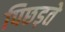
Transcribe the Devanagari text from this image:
पिछड़ते